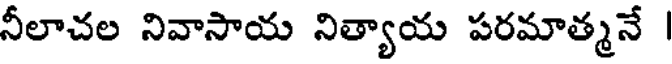
నీలాచల నివాసాయ నిత్యాయ పరమాత్మనే